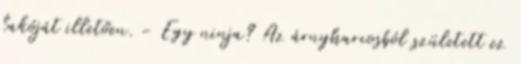
lakóját illetően. - Egy ninja? Az árnyharcosból született ez